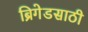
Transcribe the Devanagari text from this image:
ब्रिगेडसाठी